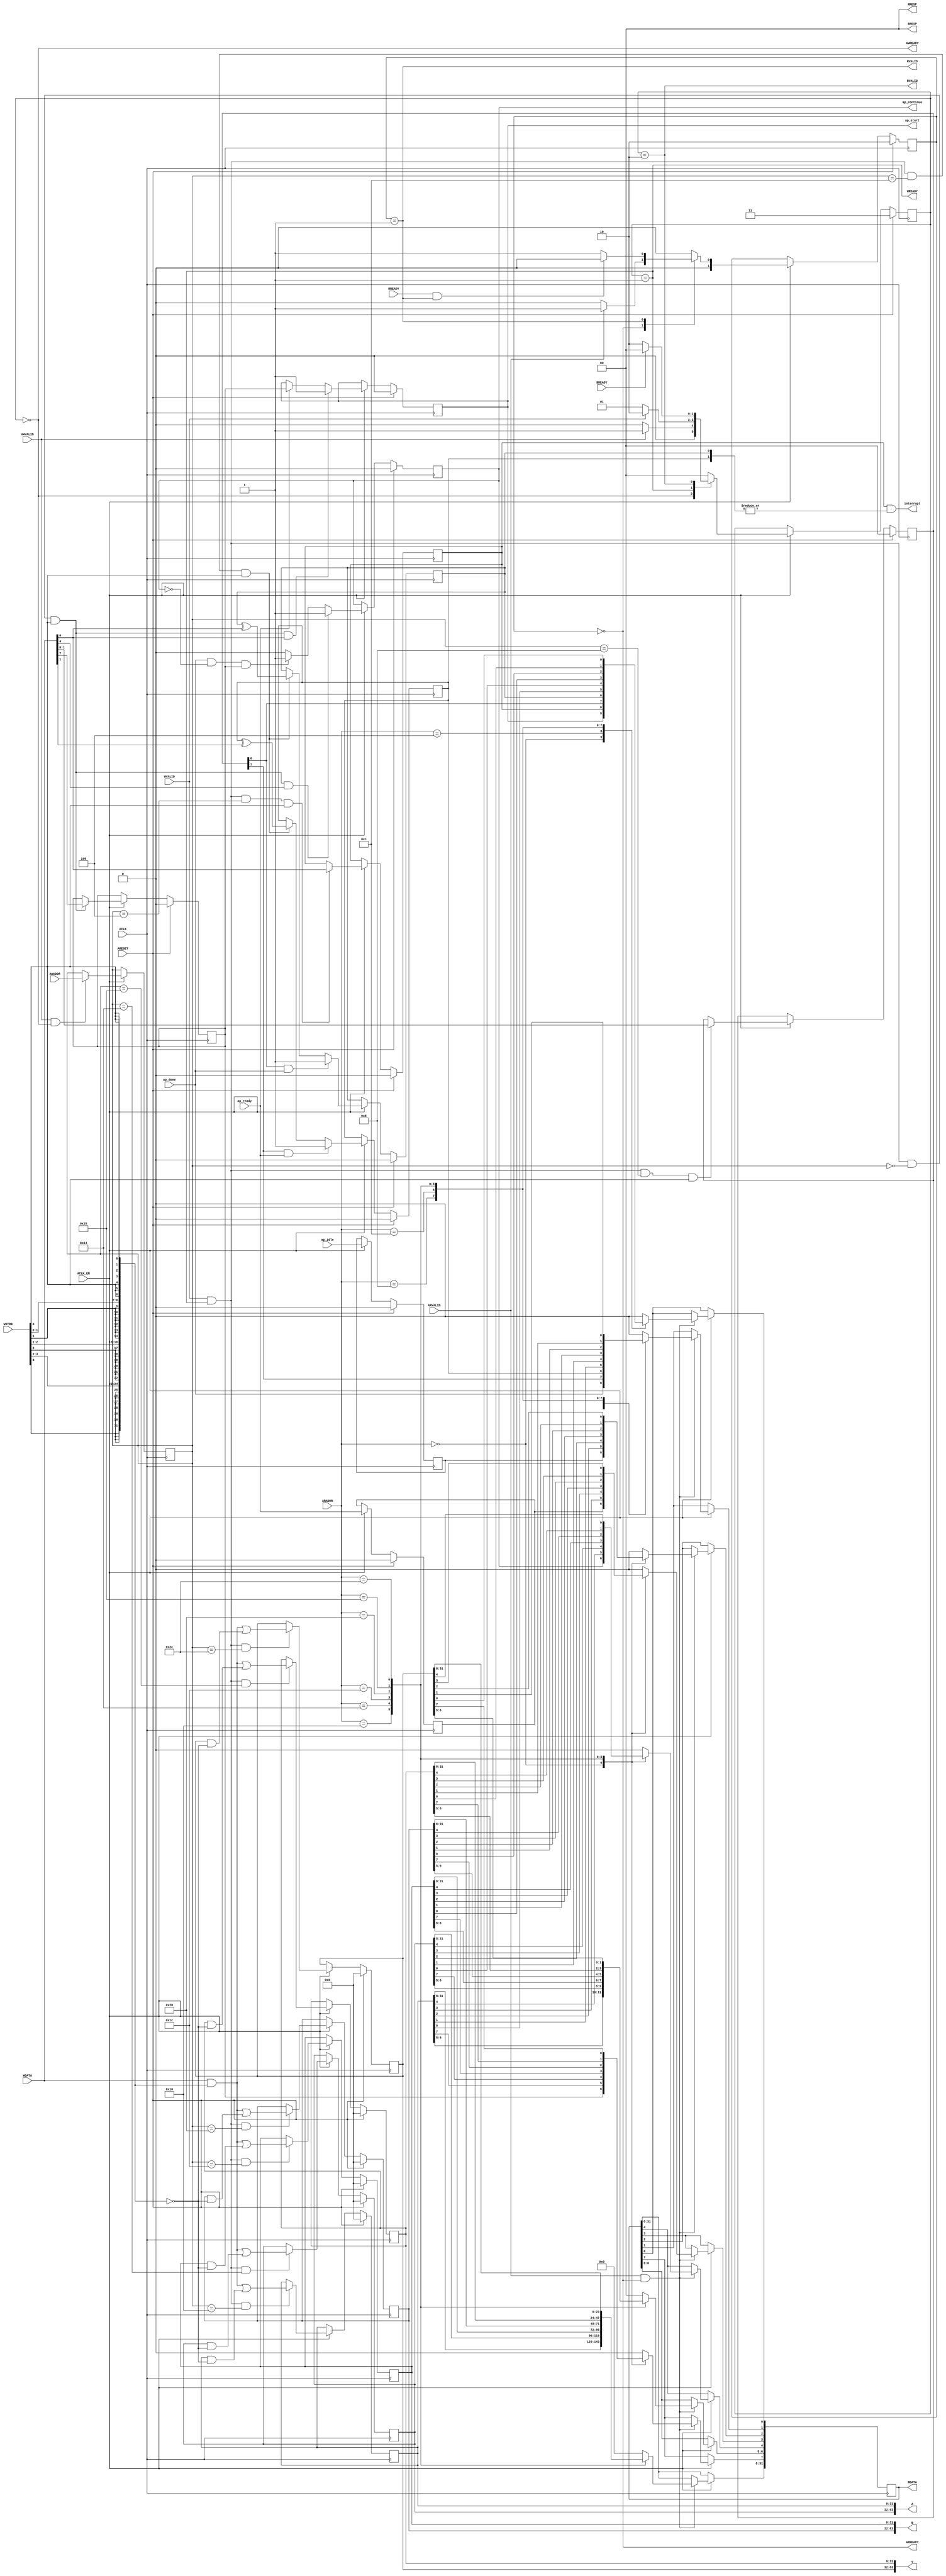
// ==============================================================
// Vitis HLS - High-Level Synthesis from C, C++ and OpenCL v2020.2 (64-bit)
// Copyright 1986-2020 Xilinx, Inc. All Rights Reserved.
// ==============================================================
`timescale 1ns/1ps
module kernel_control_s_axi
#(parameter
    C_S_AXI_ADDR_WIDTH = 6,
    C_S_AXI_DATA_WIDTH = 32
)(
    input  wire                          ACLK,
    input  wire                          ARESET,
    input  wire                          ACLK_EN,
    input  wire [C_S_AXI_ADDR_WIDTH-1:0] AWADDR,
    input  wire                          AWVALID,
    output wire                          AWREADY,
    input  wire [C_S_AXI_DATA_WIDTH-1:0] WDATA,
    input  wire [C_S_AXI_DATA_WIDTH/8-1:0] WSTRB,
    input  wire                          WVALID,
    output wire                          WREADY,
    output wire [1:0]                    BRESP,
    output wire                          BVALID,
    input  wire                          BREADY,
    input  wire [C_S_AXI_ADDR_WIDTH-1:0] ARADDR,
    input  wire                          ARVALID,
    output wire                          ARREADY,
    output wire [C_S_AXI_DATA_WIDTH-1:0] RDATA,
    output wire [1:0]                    RRESP,
    output wire                          RVALID,
    input  wire                          RREADY,
    output wire                          interrupt,
    output wire [63:0]                   A,
    output wire [63:0]                   B,
    output wire [63:0]                   v,
    output wire                          ap_start,
    input  wire                          ap_done,
    input  wire                          ap_ready,
    output wire                          ap_continue,
    input  wire                          ap_idle
);
//------------------------Address Info-------------------
// 0x00 : Control signals
//        bit 0  - ap_start (Read/Write/COH)
//        bit 1  - ap_done (Read)
//        bit 2  - ap_idle (Read)
//        bit 3  - ap_ready (Read)
//        bit 4  - ap_continue (Read/Write/SC)
//        bit 7  - auto_restart (Read/Write)
//        others - reserved
// 0x04 : Global Interrupt Enable Register
//        bit 0  - Global Interrupt Enable (Read/Write)
//        others - reserved
// 0x08 : IP Interrupt Enable Register (Read/Write)
//        bit 0  - enable ap_done interrupt (Read/Write)
//        bit 1  - enable ap_ready interrupt (Read/Write)
//        others - reserved
// 0x0c : IP Interrupt Status Register (Read/TOW)
//        bit 0  - ap_done (COR/TOW)
//        bit 1  - ap_ready (COR/TOW)
//        others - reserved
// 0x10 : Data signal of A
//        bit 31~0 - A[31:0] (Read/Write)
// 0x14 : Data signal of A
//        bit 31~0 - A[63:32] (Read/Write)
// 0x18 : reserved
// 0x1c : Data signal of B
//        bit 31~0 - B[31:0] (Read/Write)
// 0x20 : Data signal of B
//        bit 31~0 - B[63:32] (Read/Write)
// 0x24 : reserved
// 0x28 : Data signal of v
//        bit 31~0 - v[31:0] (Read/Write)
// 0x2c : Data signal of v
//        bit 31~0 - v[63:32] (Read/Write)
// 0x30 : reserved
// (SC = Self Clear, COR = Clear on Read, TOW = Toggle on Write, COH = Clear on Handshake)

//------------------------Parameter----------------------
localparam
    ADDR_AP_CTRL  = 6'h00,
    ADDR_GIE      = 6'h04,
    ADDR_IER      = 6'h08,
    ADDR_ISR      = 6'h0c,
    ADDR_A_DATA_0 = 6'h10,
    ADDR_A_DATA_1 = 6'h14,
    ADDR_A_CTRL   = 6'h18,
    ADDR_B_DATA_0 = 6'h1c,
    ADDR_B_DATA_1 = 6'h20,
    ADDR_B_CTRL   = 6'h24,
    ADDR_V_DATA_0 = 6'h28,
    ADDR_V_DATA_1 = 6'h2c,
    ADDR_V_CTRL   = 6'h30,
    WRIDLE        = 2'd0,
    WRDATA        = 2'd1,
    WRRESP        = 2'd2,
    WRRESET       = 2'd3,
    RDIDLE        = 2'd0,
    RDDATA        = 2'd1,
    RDRESET       = 2'd2,
    ADDR_BITS                = 6;

//------------------------Local signal-------------------
    reg  [1:0]                    wstate = WRRESET;
    reg  [1:0]                    wnext;
    reg  [ADDR_BITS-1:0]          waddr;
    wire [C_S_AXI_DATA_WIDTH-1:0] wmask;
    wire                          aw_hs;
    wire                          w_hs;
    reg  [1:0]                    rstate = RDRESET;
    reg  [1:0]                    rnext;
    reg  [C_S_AXI_DATA_WIDTH-1:0] rdata;
    wire                          ar_hs;
    wire [ADDR_BITS-1:0]          raddr;
    // internal registers
    reg                           int_ap_idle;
    reg                           int_ap_continue;
    reg                           int_ap_ready;
    wire                          int_ap_done;
    reg                           int_ap_start = 1'b0;
    reg                           int_auto_restart = 1'b0;
    reg                           int_gie = 1'b0;
    reg  [1:0]                    int_ier = 2'b0;
    reg  [1:0]                    int_isr = 2'b0;
    reg  [63:0]                   int_A = 'b0;
    reg  [63:0]                   int_B = 'b0;
    reg  [63:0]                   int_v = 'b0;

//------------------------Instantiation------------------


//------------------------AXI write fsm------------------
assign AWREADY = (wstate == WRIDLE);
assign WREADY  = (wstate == WRDATA);
assign BRESP   = 2'b00;  // OKAY
assign BVALID  = (wstate == WRRESP);
assign wmask   = { {8{WSTRB[3]}}, {8{WSTRB[2]}}, {8{WSTRB[1]}}, {8{WSTRB[0]}} };
assign aw_hs   = AWVALID & AWREADY;
assign w_hs    = WVALID & WREADY;

// wstate
always @(posedge ACLK) begin
    if (ARESET)
        wstate <= WRRESET;
    else if (ACLK_EN)
        wstate <= wnext;
end

// wnext
always @(*) begin
    case (wstate)
        WRIDLE:
            if (AWVALID)
                wnext = WRDATA;
            else
                wnext = WRIDLE;
        WRDATA:
            if (WVALID)
                wnext = WRRESP;
            else
                wnext = WRDATA;
        WRRESP:
            if (BREADY)
                wnext = WRIDLE;
            else
                wnext = WRRESP;
        default:
            wnext = WRIDLE;
    endcase
end

// waddr
always @(posedge ACLK) begin
    if (ACLK_EN) begin
        if (aw_hs)
            waddr <= AWADDR[ADDR_BITS-1:0];
    end
end

//------------------------AXI read fsm-------------------
assign ARREADY = (rstate == RDIDLE);
assign RDATA   = rdata;
assign RRESP   = 2'b00;  // OKAY
assign RVALID  = (rstate == RDDATA);
assign ar_hs   = ARVALID & ARREADY;
assign raddr   = ARADDR[ADDR_BITS-1:0];

// rstate
always @(posedge ACLK) begin
    if (ARESET)
        rstate <= RDRESET;
    else if (ACLK_EN)
        rstate <= rnext;
end

// rnext
always @(*) begin
    case (rstate)
        RDIDLE:
            if (ARVALID)
                rnext = RDDATA;
            else
                rnext = RDIDLE;
        RDDATA:
            if (RREADY & RVALID)
                rnext = RDIDLE;
            else
                rnext = RDDATA;
        default:
            rnext = RDIDLE;
    endcase
end

// rdata
always @(posedge ACLK) begin
    if (ACLK_EN) begin
        if (ar_hs) begin
            rdata <= 'b0;
            case (raddr)
                ADDR_AP_CTRL: begin
                    rdata[0] <= int_ap_start;
                    rdata[1] <= int_ap_done;
                    rdata[2] <= int_ap_idle;
                    rdata[3] <= int_ap_ready;
                    rdata[4] <= int_ap_continue;
                    rdata[7] <= int_auto_restart;
                end
                ADDR_GIE: begin
                    rdata <= int_gie;
                end
                ADDR_IER: begin
                    rdata <= int_ier;
                end
                ADDR_ISR: begin
                    rdata <= int_isr;
                end
                ADDR_A_DATA_0: begin
                    rdata <= int_A[31:0];
                end
                ADDR_A_DATA_1: begin
                    rdata <= int_A[63:32];
                end
                ADDR_B_DATA_0: begin
                    rdata <= int_B[31:0];
                end
                ADDR_B_DATA_1: begin
                    rdata <= int_B[63:32];
                end
                ADDR_V_DATA_0: begin
                    rdata <= int_v[31:0];
                end
                ADDR_V_DATA_1: begin
                    rdata <= int_v[63:32];
                end
            endcase
        end
    end
end


//------------------------Register logic-----------------
assign interrupt   = int_gie & (|int_isr);
assign ap_start    = int_ap_start;
assign int_ap_done = ap_done;
assign ap_continue = int_ap_continue;
assign A           = int_A;
assign B           = int_B;
assign v           = int_v;
// int_ap_start
always @(posedge ACLK) begin
    if (ARESET)
        int_ap_start <= 1'b0;
    else if (ACLK_EN) begin
        if (w_hs && waddr == ADDR_AP_CTRL && WSTRB[0] && WDATA[0])
            int_ap_start <= 1'b1;
        else if (ap_ready)
            int_ap_start <= int_auto_restart; // clear on handshake/auto restart
    end
end

// int_ap_idle
always @(posedge ACLK) begin
    if (ARESET)
        int_ap_idle <= 1'b0;
    else if (ACLK_EN) begin
            int_ap_idle <= ap_idle;
    end
end

// int_ap_ready
always @(posedge ACLK) begin
    if (ARESET)
        int_ap_ready <= 1'b0;
    else if (ACLK_EN) begin
            int_ap_ready <= ap_ready;
    end
end

// int_ap_continue
always @(posedge ACLK) begin
    if (ARESET)
        int_ap_continue <= 1'b0;
    else if (ACLK_EN) begin
        if (w_hs && waddr == ADDR_AP_CTRL && WSTRB[0] && WDATA[4])
            int_ap_continue <= 1'b1;
        else if (ap_done & ~int_ap_continue & int_auto_restart)
            int_ap_continue <= 1'b1; // auto restart
        else
            int_ap_continue <= 1'b0; // self clear
    end
end

// int_auto_restart
always @(posedge ACLK) begin
    if (ARESET)
        int_auto_restart <= 1'b0;
    else if (ACLK_EN) begin
        if (w_hs && waddr == ADDR_AP_CTRL && WSTRB[0])
            int_auto_restart <=  WDATA[7];
    end
end

// int_gie
always @(posedge ACLK) begin
    if (ARESET)
        int_gie <= 1'b0;
    else if (ACLK_EN) begin
        if (w_hs && waddr == ADDR_GIE && WSTRB[0])
            int_gie <= WDATA[0];
    end
end

// int_ier
always @(posedge ACLK) begin
    if (ARESET)
        int_ier <= 1'b0;
    else if (ACLK_EN) begin
        if (w_hs && waddr == ADDR_IER && WSTRB[0])
            int_ier <= WDATA[1:0];
    end
end

// int_isr[0]
always @(posedge ACLK) begin
    if (ARESET)
        int_isr[0] <= 1'b0;
    else if (ACLK_EN) begin
        if (int_ier[0] & ap_done)
            int_isr[0] <= 1'b1;
        else if (w_hs && waddr == ADDR_ISR && WSTRB[0])
            int_isr[0] <= int_isr[0] ^ WDATA[0]; // toggle on write
    end
end

// int_isr[1]
always @(posedge ACLK) begin
    if (ARESET)
        int_isr[1] <= 1'b0;
    else if (ACLK_EN) begin
        if (int_ier[1] & ap_ready)
            int_isr[1] <= 1'b1;
        else if (w_hs && waddr == ADDR_ISR && WSTRB[0])
            int_isr[1] <= int_isr[1] ^ WDATA[1]; // toggle on write
    end
end

// int_A[31:0]
always @(posedge ACLK) begin
    if (ARESET)
        int_A[31:0] <= 0;
    else if (ACLK_EN) begin
        if (w_hs && waddr == ADDR_A_DATA_0)
            int_A[31:0] <= (WDATA[31:0] & wmask) | (int_A[31:0] & ~wmask);
    end
end

// int_A[63:32]
always @(posedge ACLK) begin
    if (ARESET)
        int_A[63:32] <= 0;
    else if (ACLK_EN) begin
        if (w_hs && waddr == ADDR_A_DATA_1)
            int_A[63:32] <= (WDATA[31:0] & wmask) | (int_A[63:32] & ~wmask);
    end
end

// int_B[31:0]
always @(posedge ACLK) begin
    if (ARESET)
        int_B[31:0] <= 0;
    else if (ACLK_EN) begin
        if (w_hs && waddr == ADDR_B_DATA_0)
            int_B[31:0] <= (WDATA[31:0] & wmask) | (int_B[31:0] & ~wmask);
    end
end

// int_B[63:32]
always @(posedge ACLK) begin
    if (ARESET)
        int_B[63:32] <= 0;
    else if (ACLK_EN) begin
        if (w_hs && waddr == ADDR_B_DATA_1)
            int_B[63:32] <= (WDATA[31:0] & wmask) | (int_B[63:32] & ~wmask);
    end
end

// int_v[31:0]
always @(posedge ACLK) begin
    if (ARESET)
        int_v[31:0] <= 0;
    else if (ACLK_EN) begin
        if (w_hs && waddr == ADDR_V_DATA_0)
            int_v[31:0] <= (WDATA[31:0] & wmask) | (int_v[31:0] & ~wmask);
    end
end

// int_v[63:32]
always @(posedge ACLK) begin
    if (ARESET)
        int_v[63:32] <= 0;
    else if (ACLK_EN) begin
        if (w_hs && waddr == ADDR_V_DATA_1)
            int_v[63:32] <= (WDATA[31:0] & wmask) | (int_v[63:32] & ~wmask);
    end
end


//------------------------Memory logic-------------------

endmodule